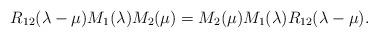
LaTeX: \begin{align*}R_{12}(\lambda -\mu )M_{1}(\lambda )M_{2}(\mu )=M_{2}(\mu )M_{1}(\lambda)R_{12}(\lambda -\mu ). \end{align*}